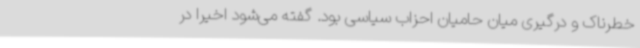
خطرناک و درگیری میان حامیان احزاب سیاسی بود. گفته می‌شود اخیرا در